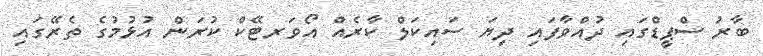
ބާރު ސްޕީޑްގައި ދުއްވާފައި ދިޔަ ސައިކަލް ކާރެއް އޯވަރޓޭކް ކުރަން އުޅުމުގެ ތެރޭގައި